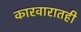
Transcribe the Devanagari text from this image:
कारवारातही